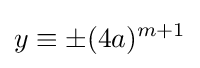
y\equiv \pm (4a)^{m+1}